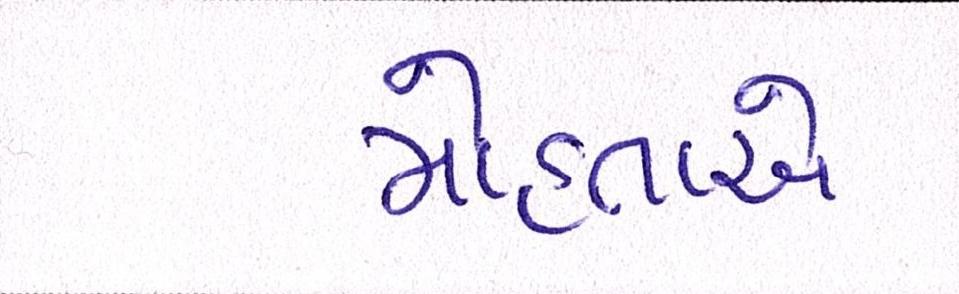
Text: મોહતાએ